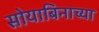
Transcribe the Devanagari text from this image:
सोयाबिनाच्या